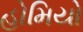
હોમિયો